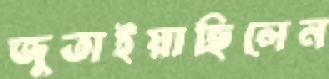
জুতাইয়াছিলেন